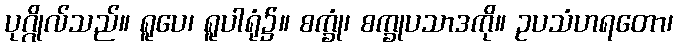
ပုဂ္ဂိုလ်သည်။ ရူပေ၊ ရူပါရုံ၌။ စက္ခုံ၊ စက္ခုပသာဒကို။ ဥပသံဟရတော၊